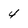
Character: 4